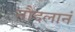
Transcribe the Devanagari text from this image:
नौदलानं